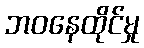
ဘဝနေထိုင်မှု